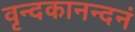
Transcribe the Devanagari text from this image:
वृन्दकानन्दनं